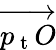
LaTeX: \overrightarrow{p_{\mathrm{~t~}}O}